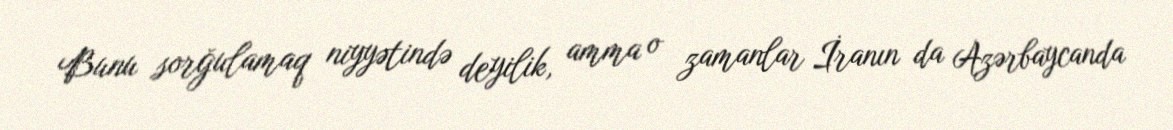
Bunu sorğulamaq niyyətində deyilik, amma o zamanlar İranın da Azərbaycanda